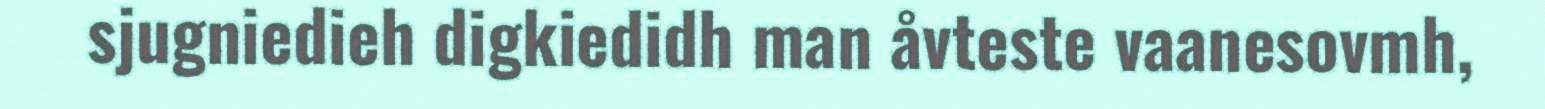
sjugniedieh digkiedidh man åvteste vaanesovmh,